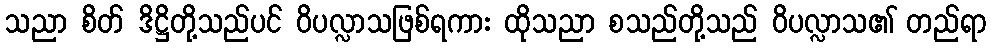
သညာ စိတ် ဒိဋ္ဌိတို့သည်ပင် ဝိပလ္လာသဖြစ်ရကား ထိုသညာ စသည်တို့သည် ဝိပလ္လာသ၏ တည်ရာ